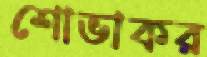
শোভাকর